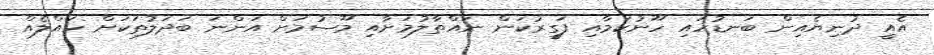
އެއީ ދުނިޔެއިން ބަނޑުހައި ހޫނުކަމާއި ފަގީރުކަން ނައްތާލުމަށާއި މޫސުމަށް އަންނަ ބަދަލުތަކަށް ހައްލެއް